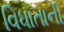
વિધાતાની